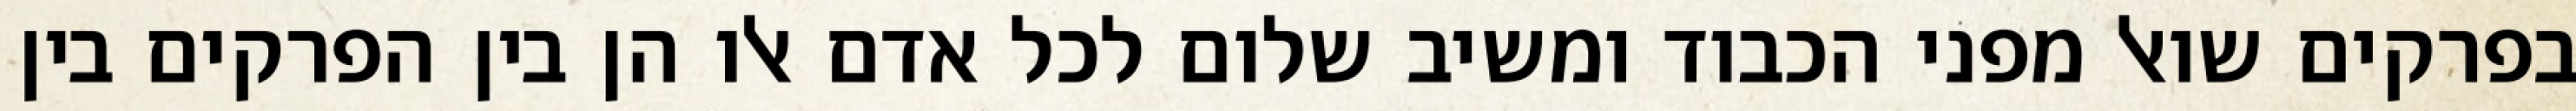
בפרקים שואל מפני הכבוד ומשיב שלום לכל אדם אלו הן בין הפרקים בין